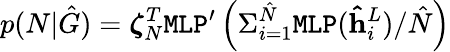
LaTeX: p(N|\hat{G})=\boldsymbol{\zeta}_{N}^{T}\texttt{MLP}^{\prime}\left(\Sigma_{i=1}^{\hat{N}}\texttt{MLP}(\mathbf{\hat{h}}_{i}^{L})/\hat{N}\right)